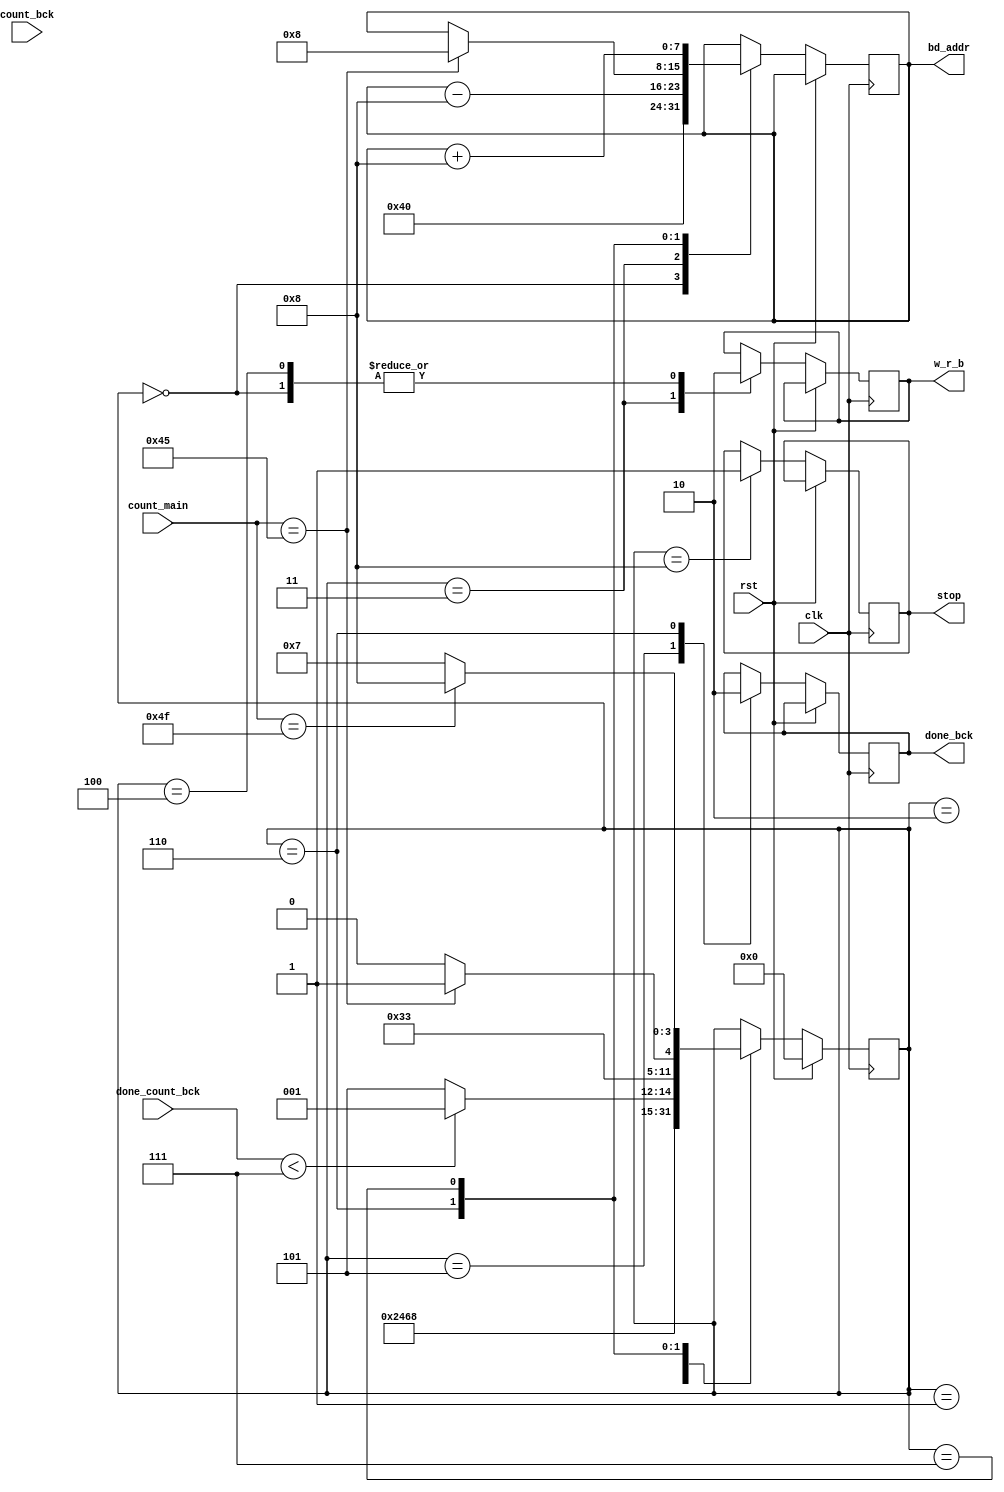
`timescale 1ns / 1ps
//////////////////////////////////////////////////////////////////////////////////
// Company: 
// Engineer: 
// 
// Design Name: 
// Module Name: cont_bck
// Project Name: 
// Target Devices: 
// Tool Versions: 
// Description: 
// 
// Dependencies: 
// 
// Revision:
// Revision 0.01 - File Created
// Additional Comments:
// 
//////////////////////////////////////////////////////////////////////////////////


module cont_bck(clk,rst,w_r_b,bd_addr,count_bck,done_count_bck,done_bck,count_main,stop);
input clk,rst;
input [3:0] count_bck, done_count_bck;
input [7:0] count_main;
output reg w_r_b,done_bck,stop;
output reg [7:0] bd_addr;

reg [3:0] state;
parameter S0 = 4'b0000,
          S1 = 4'b0001,
          S2 = 4'b0010,
          S3 = 4'b0011,
          S4 = 4'b0100,
          S5 = 4'b0101,
          S6 = 4'b0110,
          S7 = 4'b0111,
          S8 = 4'b1000;
          
always @(posedge clk)
    begin
        if(rst)
            begin
                state <=S0;
                
            end
            
        else
            begin
                case(state)
                    
                    S0: begin // read data from beta_alapha
                            w_r_b <=0;
                            bd_addr <= 8'd64;
                            state<=S1;
                        end
                    S1: begin  //addition 
                        state<=S2;
                        end
                        
                    S2: begin  //comparison
                        state<=S3;
                        
                        end
                        
                    S3: begin  //write alpha' to SRAM
                            bd_addr <= bd_addr-8;
                            w_r_b <=1;
                            state <= S4;
                        end
                        
                    S4: begin
                        w_r_b <=0;
                        if(done_count_bck<4'd7)
                            begin
                                state<=S1;
                            end
                        else
                            state<=S5;
                        end
                        
                   S5 : begin
                            done_bck <=1;
                            state<=S6;
                        end
                   S6:begin
                            done_bck <=0;
                            if(count_main == 8'd69)
                                begin
                                    state<=S7;
                                    bd_addr <= 8'd8;
                                end
                            else
                                state<=S6;
                      end
                  S7: begin
                            bd_addr <= bd_addr+8;
                            if(count_main ==8'd79)
                                begin
                                    state<=S8;
                                end
                            else
                                state<=S7;
                      end
                      
                  S8 : begin
                            stop <=1'b1;
                       end
                        
                   
                endcase
            
            
            end
    
    end


endmodule